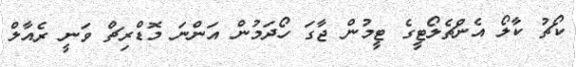
ކޯޗު ކާލޯ އެންޗެލޯޓީގެ ޓީމުން ޖާގަ ހޯދަމުން އަންނަ މޮޑްރިޗް ވަނީ ރެއާލް